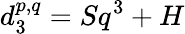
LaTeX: d_{3}^{p,q}=Sq^{3}+H